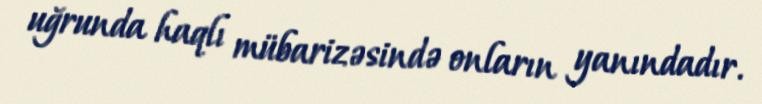
uğrunda haqlı mübarizəsində onların yanındadır.